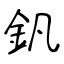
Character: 釩